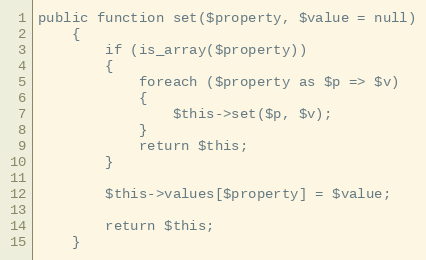
Language: PHP
public function set($property, $value = null)
	{
		if (is_array($property))
		{
			foreach ($property as $p => $v)
			{
				$this->set($p, $v);
			}
			return $this;
		}

		$this->values[$property] = $value;

		return $this;
	}